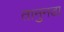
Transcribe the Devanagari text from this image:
तानुनडा